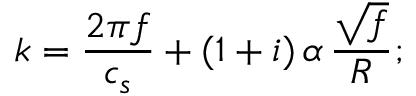
k = \frac { 2 \pi f } { c _ { s } } + ( 1 + i ) \, \alpha \, \frac { \sqrt { f } } { R } ;